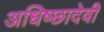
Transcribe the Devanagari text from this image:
अधिष्छादेवी